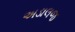
અડાલજ